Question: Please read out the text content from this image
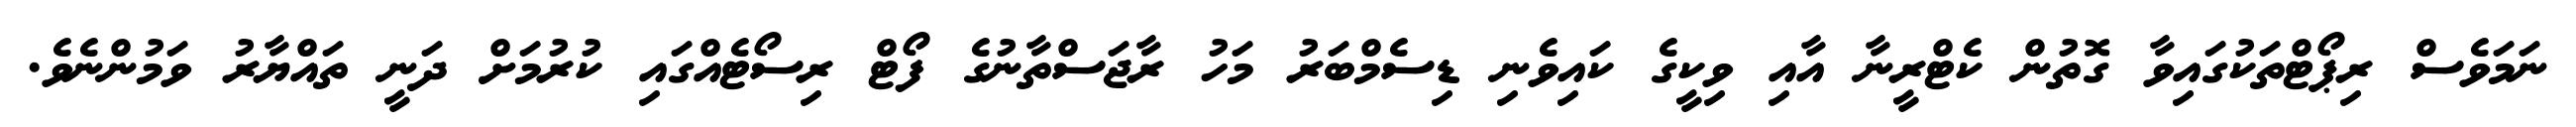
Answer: ނަމަވެސް ރިޕޯޓްތަކުގައިވާ ގޮތުން ކެޓްރީނާ އާއި ވިކީގެ ކައިވެނި ޑިސެމްބަރު މަހު ރާޖަސްތާނުގެ ފޯޓް ރިސޯޓެއްގައި ކުރުމަށް ދަނީ ތައްޔާރު ވަމުންނެވެ.